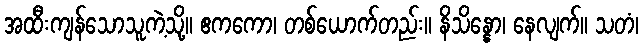
အထီးကျန်သောသူကဲ့သို့။ ဧကကော၊ တစ်ယောက်တည်း။ နိသိန္နော၊ နေလျက်။ သတံ၊